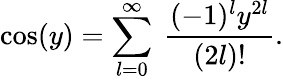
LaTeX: \cos(y)=\sum_{l=0}^{\infty}\ \frac{(-1)^{l}y^{2l}}{(2l)!}.